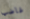
غاضب